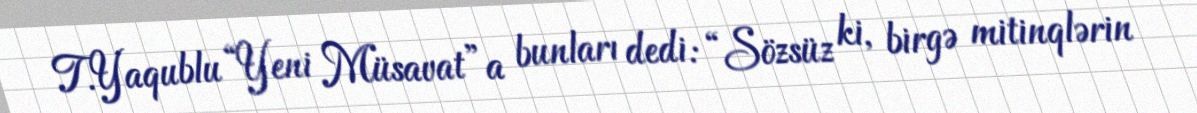
T.Yaqublu “Yeni Müsavat”a bunları dedi: “Sözsüz ki, birgə mitinqlərin